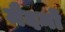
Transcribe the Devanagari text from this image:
मैदनों